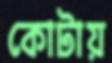
কোটায়